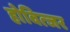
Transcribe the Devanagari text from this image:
होवित्जर